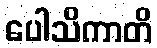
ပေါသိကာတိ